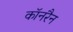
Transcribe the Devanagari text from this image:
कॉनरैन